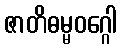
ဇာတိဓမ္မဝဂ္ဂေါ